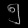
Digit: ၅